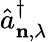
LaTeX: \hat{a}_{\mathbf{n},\lambda}^{\dagger}